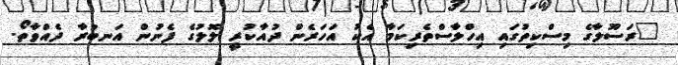
"ރަސޫލާގެ މިސްކިތުގައި އިހްލާސްތެރިކަމާ އެކު އަހަރެން ދުއާކުރީ ލޮލުގެ ފެނުން އަނބުރާ ދެއްވާތޯ.